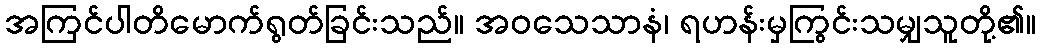
အကြင်ပါတိမောက်ရွတ်ခြင်းသည်။ အဝသေသာနံ၊ ရဟန်းမှကြွင်းသမျှသူတို့၏။